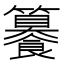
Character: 䉵